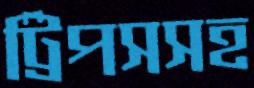
ট্রিপসসহ